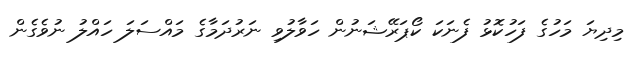
މިދިޔަ މަހުގެ ފަހުކޮޅު ފެނަކަ ކޯޕަރޭޝަނުން ހަވާލުވި ނަރުދަމާގެ މައްސަލަ ހައްލު ނުވެގެން